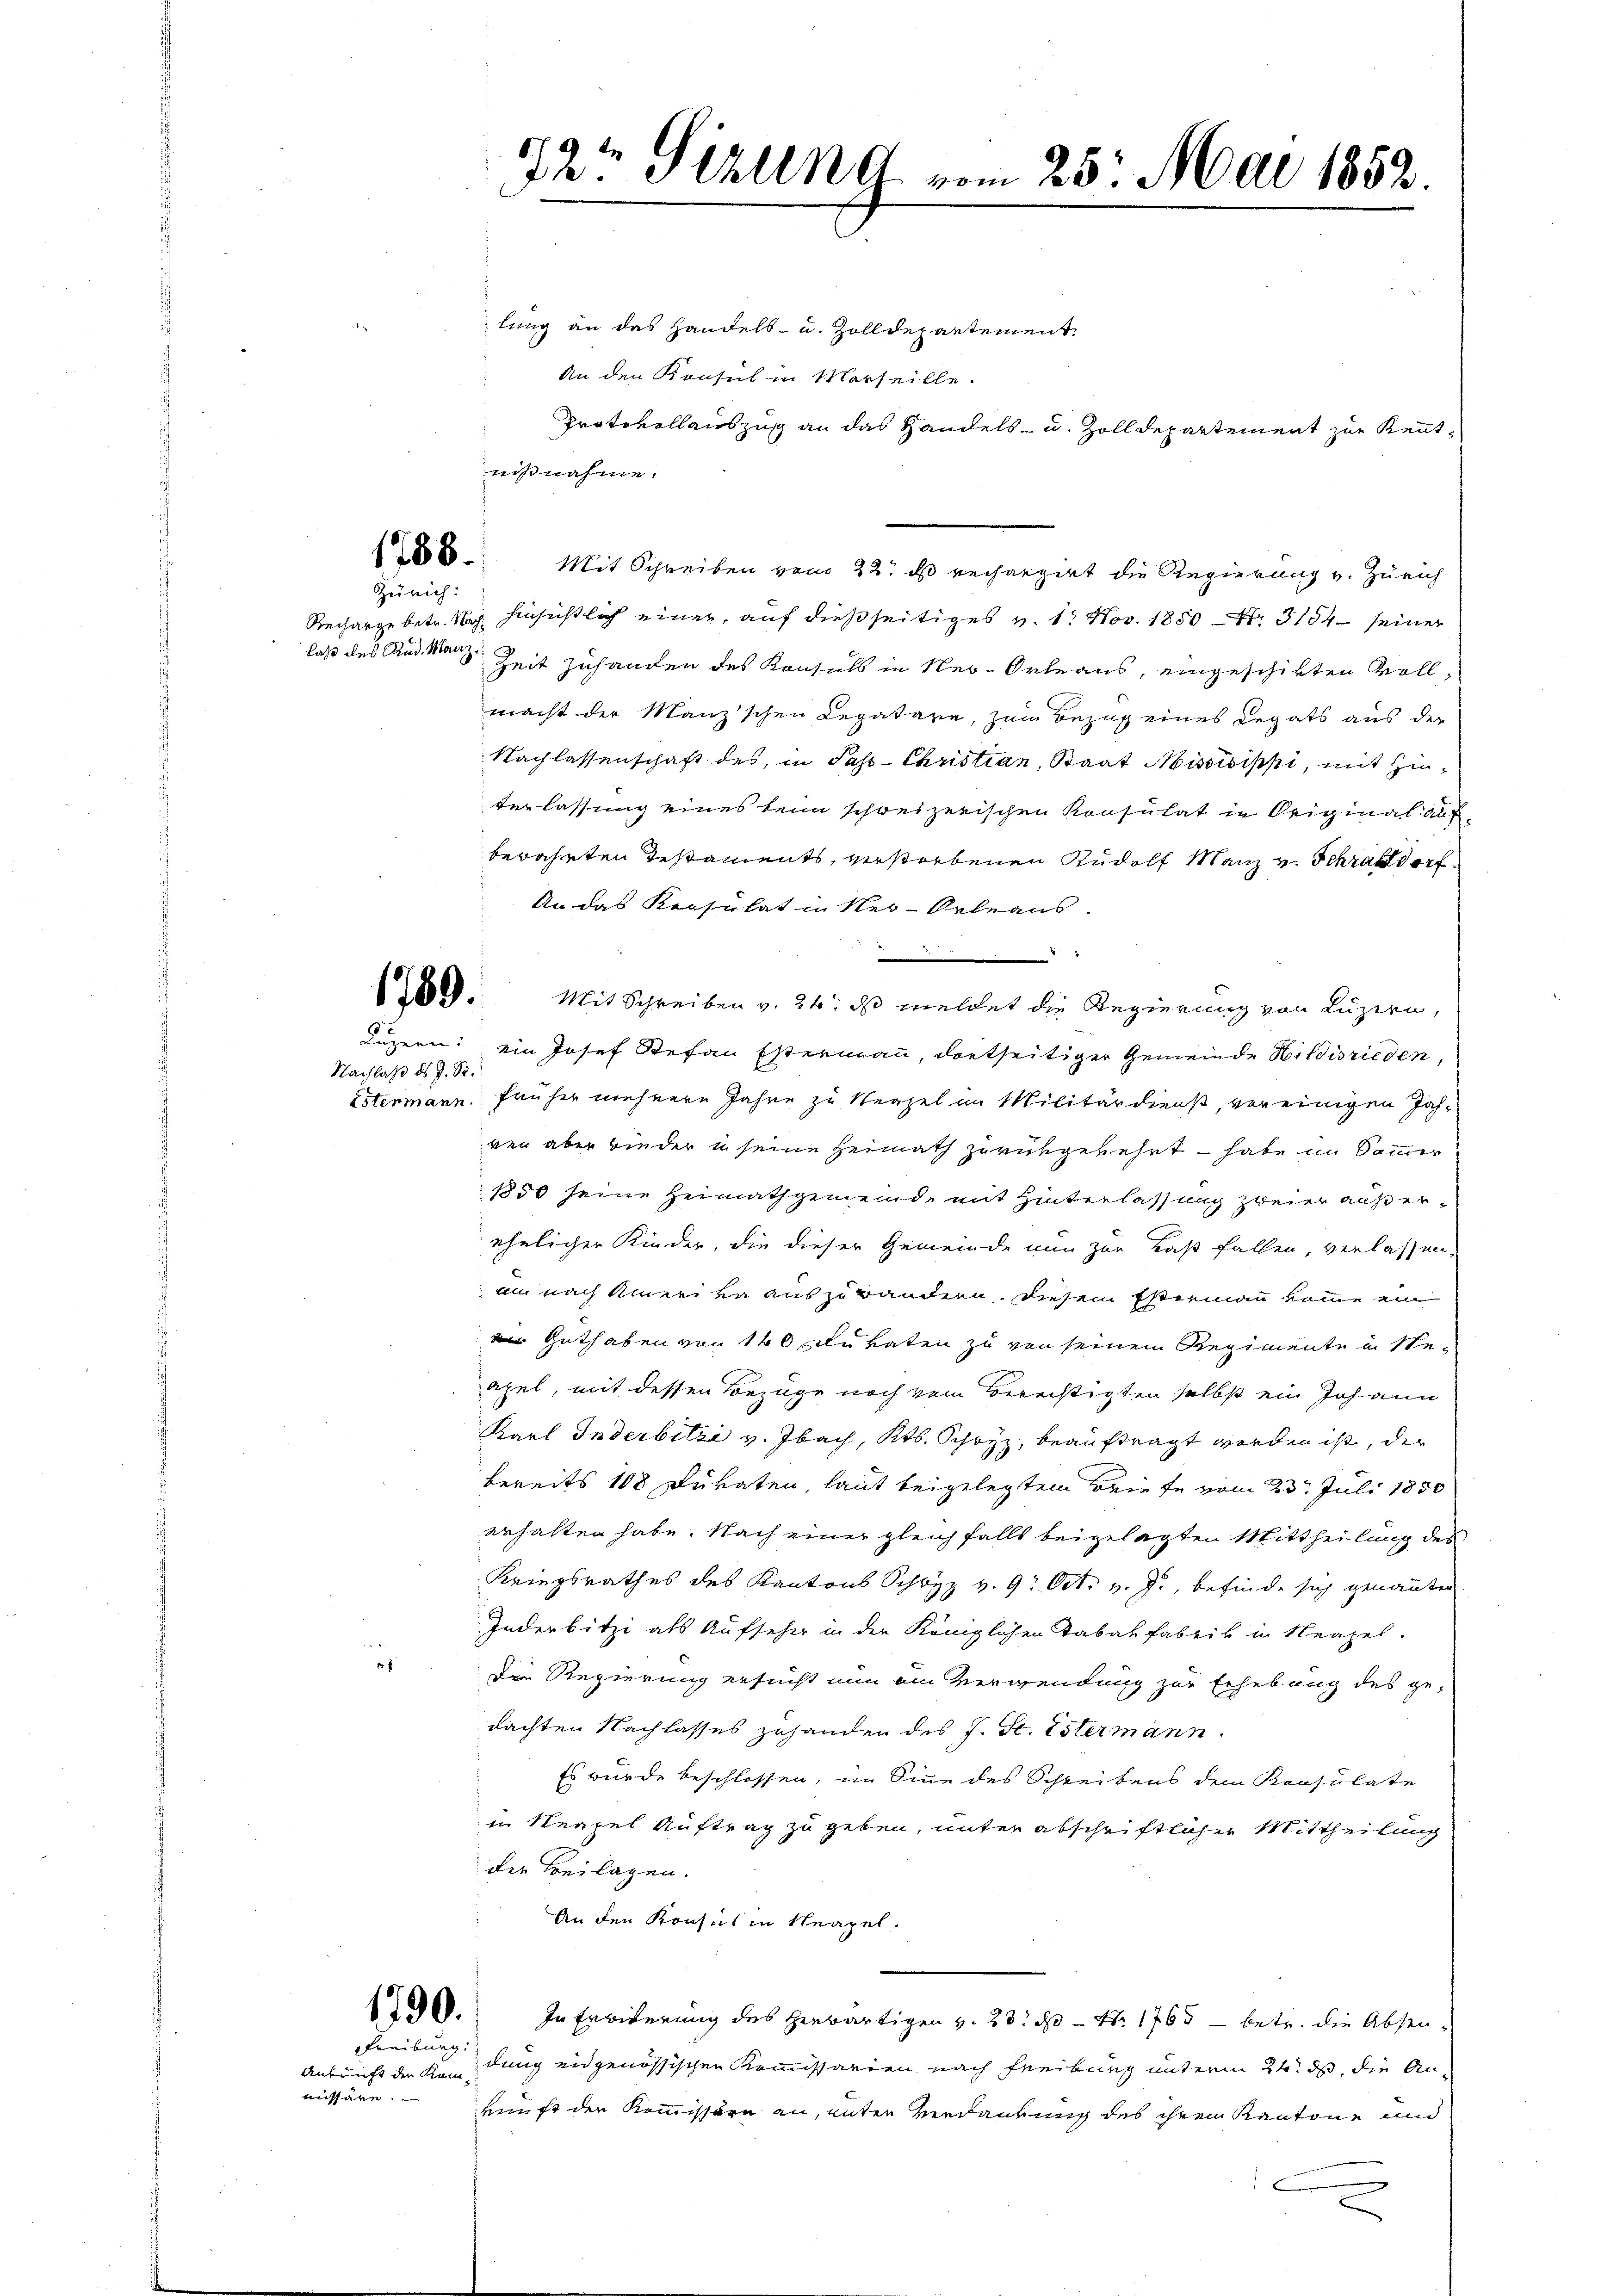
22t Sizlend vom 25. Mai 1852.
d

lung an das Handels- u. Zolldepartement.
An den Konsul in Marseille.
Protokollauszug an das Handels- u. Zolldepartement zur Kennt¬
Mit Schreiben vom 22t ds rechargirt die Regierung v. Zürich
Recharge betr. Nach hinsichtlich einer, auf dießseitiges v. 1. Nov. 1850 Nr. 3154 seiner
daß des Rud. Mann Zeit zuhanden des Konsuls in Neu-Orleans, eingeschikten Vollmacht der Manz’schen Legatare, zum Bezug eines Legats aus der
Nachlassenschaft des, in Pass- Christian, Staat Missisippi, mit Hinterlassung eines beim schweizerischen Konsulat in Original auf
bewahrten Testaments, verstorbenen Rudolf Manz v. Schrandorf
An das Konsulat in Ner-Orleans
.
1809. Mit Schreiben v. 26. ds meldet die Regierung von Luzern,
Luzern: ein Josef Stefan Estermann, dortseitiger Gemeinde Hildisrieden,
Estermann früher mehrere Jahre zu Neapel im Militärdienst, vereinigen Jahven aber wieder in seine Heimath zurükgekehrt – habe im Sammer
1850 seine Heimathgemeinde mit Hinterlassung zweier außerehelichen Kinder, die dieser Gemeinde nun zur Laß fallen, verlassen,
am nach Amerika auszuwandern, diesem Estermann komme ein
 Guthaben von 140 Dukaten zu von seinem Regimente in Ste-
apel, mit dessen Bezüge noch vom Berechtigten selbst ein Johann
Karl Inderbitzi v. Ibach, Kts. Schwyz, beauftragt werden ist, der
bereits 108 Dukaten, laut beigelegtem Briefe vom 23. Juli 1850
erhalten habe. Nach einer gleichfalls beigelegten Mittheilung des
Kriegsrathes des Kantons Schwyz v. 9. Oct. v. J., befinde sich genannten
Inderbitzi als Aufseher in der Königlichen Tabakfabrik in Neapel.
Die Regierung ersucht nun am Verwendung zur Erhebung des ge-
dachten Nachlasses zuhanden des J. St. Estermann.
Es wurde beschlossen, im Sinne des Schreibens den Konsulate
in Neapel Auftrag zu geben, unter abschriftlicher Mittheilung
der Beilagen.
An den Konsul in Neapel.
1200. In Erwiderung des herwärtigen v. 23. d. — Nr. 1765 - betr. die Absendung eidgenössischen Kommissarien nach Freiburg unterm 24. ds, die An-
kunft den Kommissäre an, unter Verdankung des ihren Kantone und
e

nißnahme.

1788.
Zürich:

Nachlaß ds J. S.

Freiburg

Ankunft die Kom-
missäre.